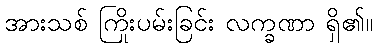
အားသစ် ကြိုးပမ်းခြင်း လက္ခဏာ ရှိ၏။